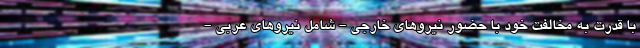
با قدرت به مخالفت خود با حضور نیروهای خارجی - شامل نیروهای عربی -